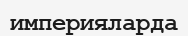
империяларда